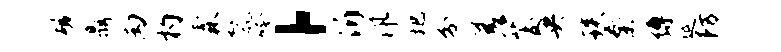
磷鼎丙杓霖鬣吟，沂汛圯分差茭央琰秦缚延防